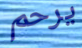
يرحم